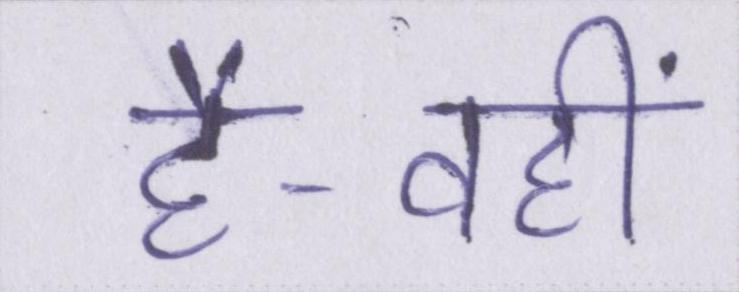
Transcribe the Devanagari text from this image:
है-वहीं